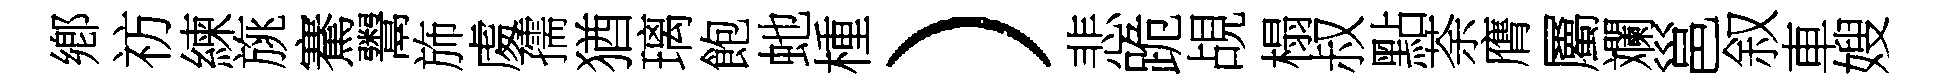
鄕祊練旐騫鬻斾䖏孺猶璃飽虵㮔）悲跪覘榻叔點荼膺屬斕邕叙車嫂